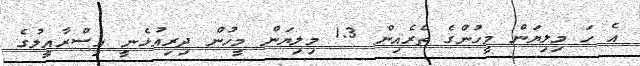
އެ ހަ މިލިޔަން މީހުންގެ ތެރެއިން 1.3 މިލިޔަން މީހުން ދިރިއުޅެނީ އިސްރާއީލުގެ